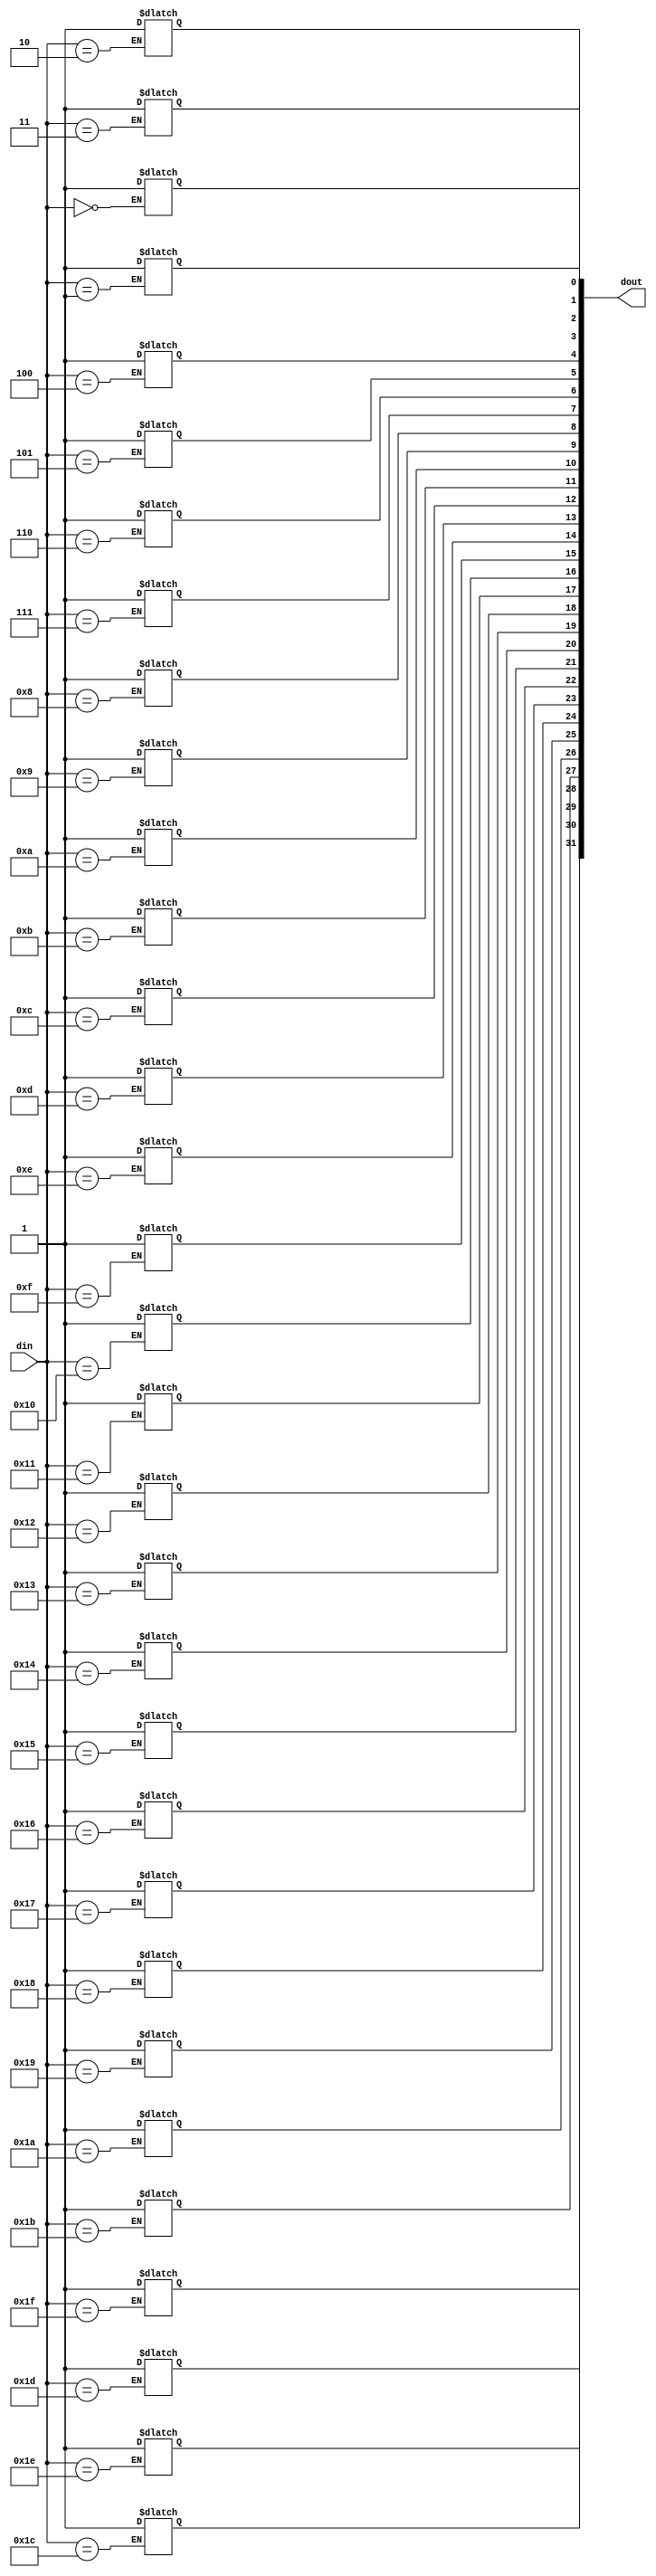
module onehot_decoder#
//======================================================= 
//Parameter declarations
//=======================================================
(parameter ONE = 1'b1)
//=======================================================
//  INPUT/OUTPUT declarations
//=======================================================
(
	input [4:0] din,
	output reg [31:0] dout
);
	always @(din) 
		begin 
			case(din)
				5'b00000: dout[0] <=ONE;
				5'b00001: dout[1] <=ONE;
				5'b00010: dout[2] <=ONE;
				5'b00011: dout[3] <=ONE;
				5'b00100: dout[4] <=ONE;
				5'b00101: dout[5] <=ONE;
				5'b00110: dout[6] <=ONE;
				5'b00111: dout[7] <=ONE;
				5'b01000: dout[8] <=ONE;
				5'b01001: dout[9] <=ONE;
				5'b01010: dout[10] <=ONE;
				5'b01011: dout[11] <=ONE;
				5'b01100: dout[12] <=ONE;
				5'b01101: dout[13] <=ONE;
				5'b01110: dout[14] <=ONE;
				5'b01111: dout[15] <=ONE;
				5'b10000: dout[16] <=ONE;
				5'b10001: dout[17] <=ONE;
				5'b10010: dout[18] <=ONE;
				5'b10011: dout[19] <=ONE;
				5'b10100: dout[20] <=ONE;
				5'b10101: dout[21] <=ONE;
				5'b10110: dout[22] <=ONE;
				5'b10111: dout[23] <=ONE;
				5'b11000: dout[24] <=ONE;
				5'b11001: dout[25] <=ONE;
				5'b11010: dout[26] <=ONE;
				5'b11011: dout[27] <=ONE;
				5'b11100: dout[28] <=ONE;
				5'b11101: dout[29] <=ONE;
				5'b11110: dout[30] <=ONE;
				5'b11111: dout[31] <=ONE;
			endcase 
		end 
endmodule